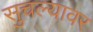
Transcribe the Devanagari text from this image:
सुचल्यावर